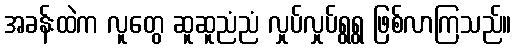
အခန်းထဲက လူတွေ ဆူဆူညံညံ လှုပ်လှုပ်ရွရွ ဖြစ်လာကြသည်။